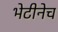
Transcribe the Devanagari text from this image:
भेटीनेच